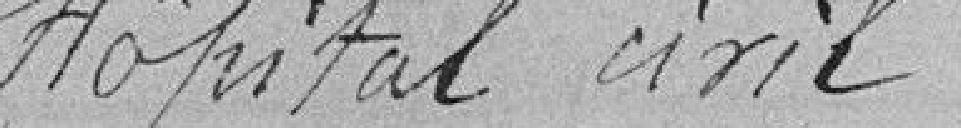
Hôpital civil